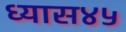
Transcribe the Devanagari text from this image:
ध्यास४५